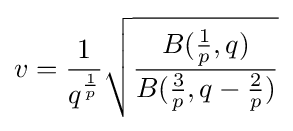
v={\frac {1}{q^{\frac {1}{p}}}}{\sqrt {\frac {B({\frac {1}{p}},q)}{B({\frac {3}{p}},q-{\frac {2}{p}})}}}